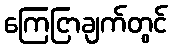
ကြေငြာချက်တွင်